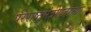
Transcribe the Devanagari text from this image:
परराष्ट्रमंत्रीपदाच्या